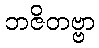
ဘဇိတဗ္ဗာ